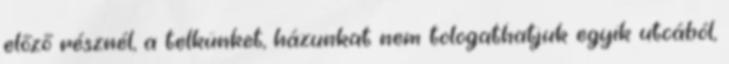
előző résznél, a telkünket, házunkat nem tologathatjuk egyik utcából,